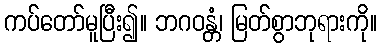
ကပ်တော်မူပြီး၍။ ဘဂဝန္တံ၊ မြတ်စွာဘုရားကို။